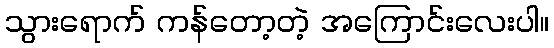
သွားရောက် ကန်တော့တဲ့ အကြောင်းလေးပါ။